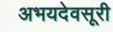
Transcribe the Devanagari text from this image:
अभयदेवसूरी